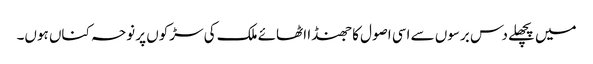
میں پچھلے دس برسوں سے اسی اصول کا جھنڈا اٹھائے ملک کی سڑکوں پر نوحہ کناں ہوں۔